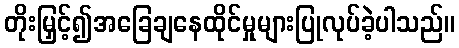
တိုးမြှင့်၍အခြေချနေထိုင်မှုများပြုလုပ်ခဲ့ပါသည်။